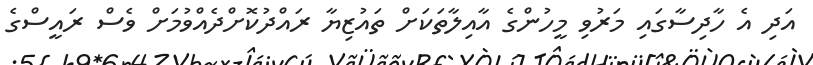
އަދި އެ ހާދިސާގައި މަރުވި މީހުންގެ އާއިލާތަކަށް ތައުޒިޔާ ރައްދުކޮށްދެއްވުމަށް ވެސް ރައީސްގެ